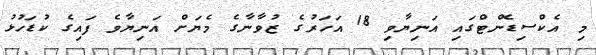
މި އެކްސިޑެންޓްގައި އަނިޔާވި 18 އަހަރުގެ ޒުވާނާގެ މެޔަށް އަނިޔާވެ ފައިގެ ކުޑަހުޅު